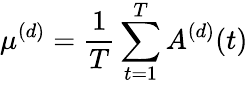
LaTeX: \mu^{(d)}=\frac{1}{T}\sum_{t=1}^{T}A^{(d)}(t)